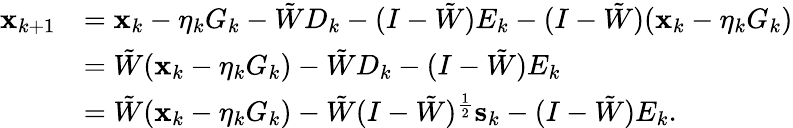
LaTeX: \begin{array}{rl}{\mathbf{x}_{k+1}}&{=\mathbf{x}_{k}-\eta_{k}G_{k}-\tilde{W}{D}_{k}-(I-\tilde{W})E_{k}-(I-\tilde{W})(\mathbf{x}_{k}-\eta_{k}G_{k})}\\ &{=\tilde{W}(\mathbf{x}_{k}-\eta_{k}G_{k})-\tilde{W}{D}_{k}-(I-\tilde{W})E_{k}}\\ &{=\tilde{W}(\mathbf{x}_{k}-\eta_{k}G_{k})-\tilde{W}(I-\tilde{W})^{\frac{1}{2}}\mathbf{s}_{k}-(I-\tilde{W})E_{k}.}\end{array}